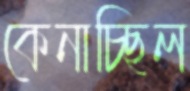
কেনাচ্ছিল